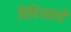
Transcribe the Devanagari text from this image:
विविधतायें